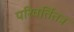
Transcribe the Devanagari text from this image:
परिवर्तितत्र